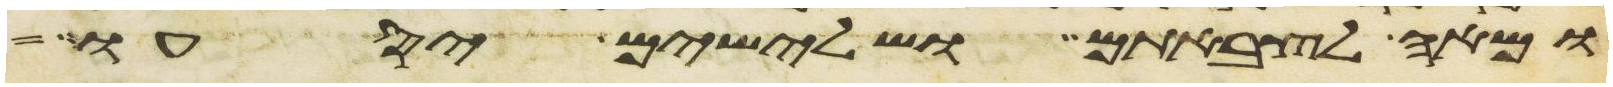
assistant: ומאה לצבאתם ושלישים יסעו